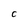
Character: C